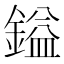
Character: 鎰